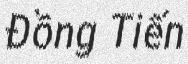
Đồng Tiến